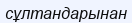
сұлтандарынан